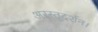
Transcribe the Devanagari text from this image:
अरस्तूदर्शन।